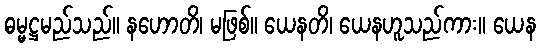
ဓမ္မဋ္ဌမည်သည်။ နဟောတိ၊ မဖြစ်။ ယေနတိ၊ ယေနဟူသည်ကား။ ယေန